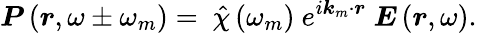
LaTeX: \boldsymbol{P}\left(\boldsymbol{r},\omega\pm\omega_{m}\right)=\ \hat{\chi}\left(\omega_{m}\right){\ e}^{i{\boldsymbol{k}}_{m}\cdot\boldsymbol{r}}\ \boldsymbol{E}\left(\boldsymbol{r},\omega\right).